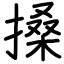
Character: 搡